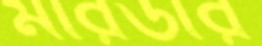
মারডীর